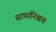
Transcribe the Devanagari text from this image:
साध्यनिश्चय